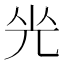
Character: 𠒃